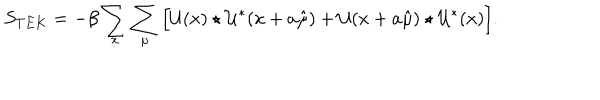
S _ { T E K } = - \beta \sum _ { x } \sum _ { \mu } \Big [ \mathcal { U } ( x ) \star \mathcal { U } ^ { * } ( x + a \hat { \mu } ) + \mathcal { U } ( x + a \hat { \mu } ) \star \mathcal { U } ^ { * } ( x ) \Big ] .